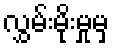
လွှမ်းမိုးမှုမှ